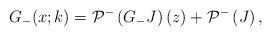
LaTeX: \begin{align*}G_-(x;k) = \mathcal{P}^{-}\left(G_{-} J \right)(z) + \mathcal{P}^{-}\left( J \right), \end{align*}